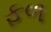
ફળ